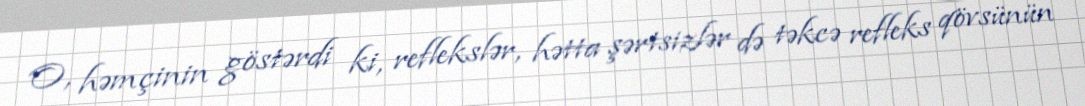
O, həmçinin göstərdi ki, reflekslər, hətta şərtsizlər də təkcə refleks qövsünün